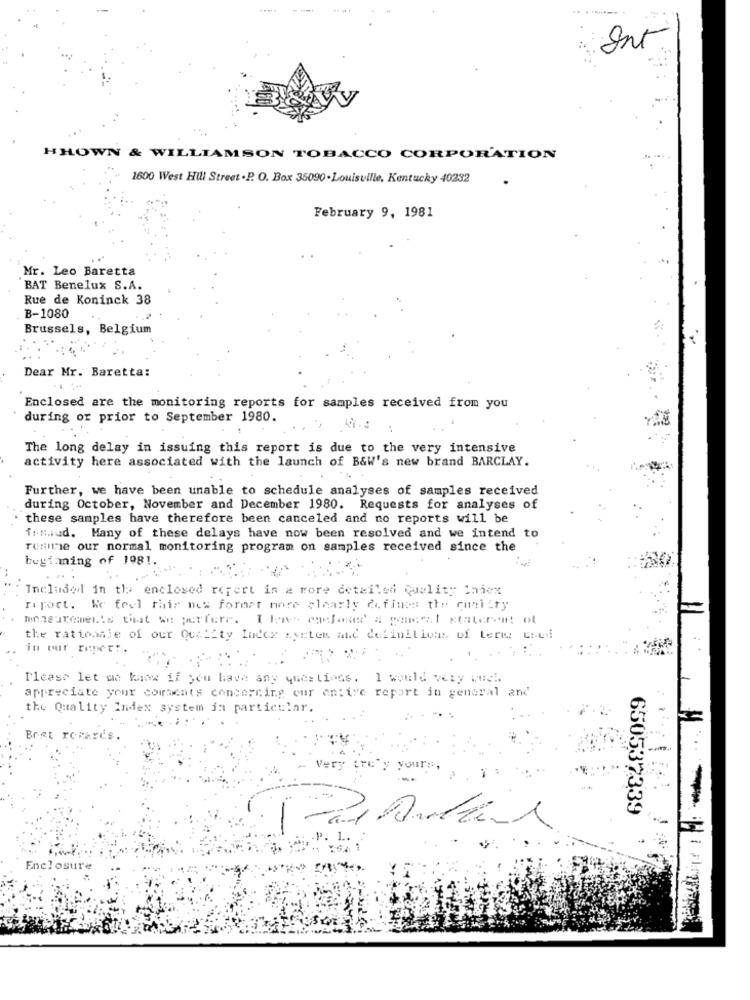
Int
HHOWN & WILLIAMSON TOBACCO CORPORATION
1600 West HUl Street . P. O. Box 35090 . Louisville, Kentucky 40232
February 9, 1981
Mr. Leo Baretta
BAT Benelux S.A.
Rue de Koninck 38
B-1080
Brussels, Belgium
Dear Mr. Baretta:
Enclosed are the monitoring reports for samples received from you
during or prior to September 1980.
The long delay in issuing this report is due to the very intensive
activity here associated with the launch of B&W's new brand BARCLAY.
Further, we have been unable to schedule analyses of samples received
during October, November and December 1980. Requests for analyses of
these samples have therefore been canceled and no reports will be
finiud. Many of these delays have now been resolved and we intend to
renie our normal monitoring program on samples received since the
beyi ming of 1981.
Included in the enclosed refert is a more detailed quality Index
riport. We feel this new format more clearly defines the quality
measurements that we perfere. I lene- enelaset a genel staterem! ol
the rationale of our Quality Index system and definitions of terus cred
in our repett.
...
..
Please let me know if you have any questions. I would very Much.
appreciate your comments concerning our entire report in general and
the Quality Index system ja particular.
Bret rover
your
650537339
-
P. L.
Enclosure